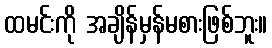
ထမင်းကို အချိန်မှန်မစားဖြစ်ဘူး။